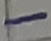
Text: -